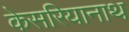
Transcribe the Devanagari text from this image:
केसरियानाथ